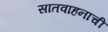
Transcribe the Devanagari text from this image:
सातवाहनाची